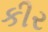
કીર